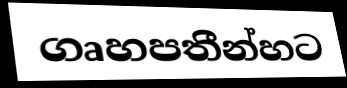
ගෘහපතීන්හට